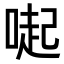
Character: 𠺬